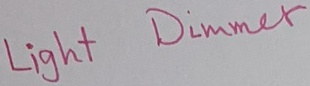
Text: Light Dimmer